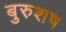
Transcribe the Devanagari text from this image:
बुरुशष